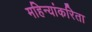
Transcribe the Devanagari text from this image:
महिन्यांकरिता